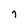
Character: 7